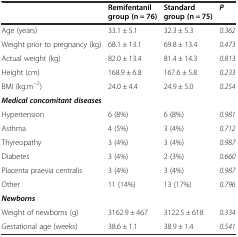
<table><thead><tr><td></td><td><b>Remifentanil group (n = 76)</b></td><td><b>Standard group (n = 75)</b></td><td><b><i>P</i></b></td></tr></thead><tbody><tr><td>Age (years)</td><td>33.1 ± 5.1</td><td>32.3 ± 5.3</td><td><i>0.362</i></td></tr><tr><td>Weight prior to pregnancy (kg)</td><td>68.1 ± 13.1</td><td>69.8 ± 13.4</td><td><i>0.473</i></td></tr><tr><td>Actual weight (kg)</td><td>82.0 ± 13.4</td><td>81.4 ± 14.3</td><td><i>0.813</i></td></tr><tr><td>Height (cm)</td><td>168.9 ± 6.8</td><td>167.6 ± 5.8</td><td><i>0.233</i></td></tr><tr><td>BMI (kg.m<sup>−2</sup>)</td><td>24.0 ± 4.4</td><td>24.9 ± 5.0</td><td><i>0.254</i></td></tr><tr><td colspan="4"><b><i>Medical concomitant diseases</i></b></td></tr><tr><td>Hypertension</td><td>6 (8%)</td><td>6 (8%)</td><td><i>0.981</i></td></tr><tr><td>Asthma</td><td>4 (5%)</td><td>3 (4%)</td><td><i>0.712</i></td></tr><tr><td>Thyreopathy</td><td>3 (4%)</td><td>3 (4%)</td><td><i>0.987</i></td></tr><tr><td>Diabetes</td><td>3 (4%)</td><td>2 (3%)</td><td><i>0.660</i></td></tr><tr><td>Placenta praevia centralis</td><td>3 (4%)</td><td>3 (4%)</td><td><i>0.987</i></td></tr><tr><td>Other</td><td>11 (14%)</td><td>13 (17%)</td><td><i>0.796</i></td></tr><tr><td colspan="4"><b><i>Newborns</i></b></td></tr><tr><td>Weight of newborns (g)</td><td>3162.9 ± 467</td><td>3122.5 ± 618</td><td><i>0.334</i></td></tr><tr><td>Gestational age (weeks)</td><td>38.6 ± 1.1</td><td>38.9 ± 1.4</td><td><i>0.541</i></td></tr></tbody></table>